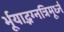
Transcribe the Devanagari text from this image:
र्भूयाद्भग्नत्रिमूर्ध्न